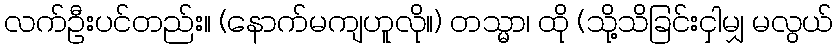
လက်ဦးပင်တည်း။ (နောက်မကျဟူလို။) တသ္မာ၊ ထို (သို့သိခြင်းငှါမျှ မလွယ်